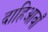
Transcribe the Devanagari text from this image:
दाहिआवाँ